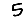
Digit: 5